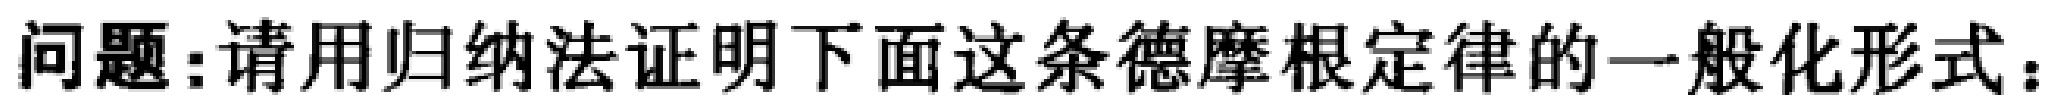
问题：请用归纳法证明下面这条德摩根定律的一般化形式：